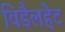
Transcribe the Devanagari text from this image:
विडैलहेट